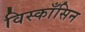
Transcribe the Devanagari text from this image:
विस्काँसिन